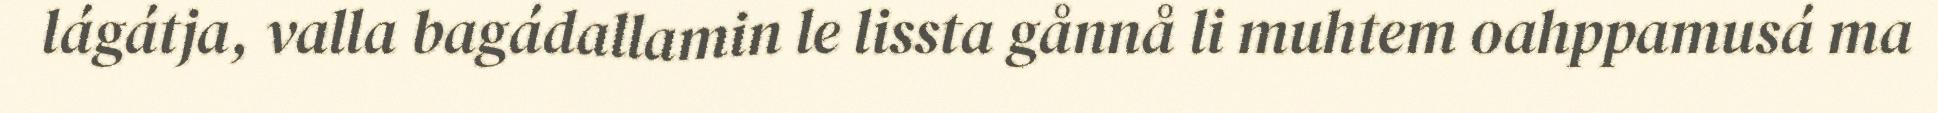
lágátja, valla bagádallamin le lissta gånnå li muhtem oahppamusá ma